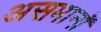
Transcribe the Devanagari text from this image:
असमानॉ